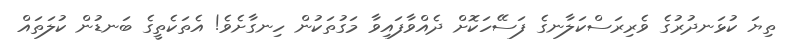
ތިޔަ ކުޅަނދުރުގެ ވެރިރަސްކަލާނގެ ފަސޭހަކޮށް ދެއްވާފައިވާ މަގުތަކުން ހިނގާށެވެ! އެތަކެތީގެ ބަނޑުން ކުލަތައް